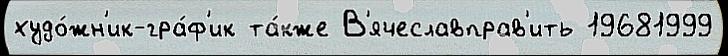
худо́жн'ик-гра́ф'ик та́кже В'ячеславправ'ить 19681999